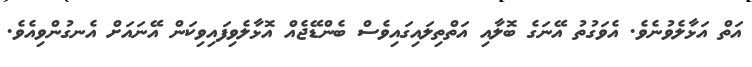
އަތް އަޅާލެވުނެވެ. އެވަގުތު އޭނަގެ ބޮލާއި އަތްތިލައިގައިވެސް ބެންޑޭޖެއް އޮޅާލެވިފައިވިކަން އޭނައަށް އެނގުންވިއެވެ.